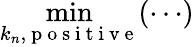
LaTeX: \operatorname*{min}_{k_{n},\mathrm{~p~o~s~i~t~i~v~e~}}(\cdots)